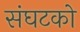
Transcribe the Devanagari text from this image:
संघटको